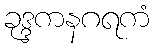
ခုဒ္ဒကနဂရကံ